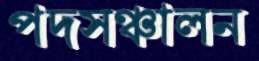
পদসঞ্চালন